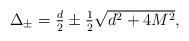
LaTeX: \begin{align*}\textstyle\Delta_\pm = \frac d2 \pm \frac12\sqrt{d^2+4M^2},\end{align*}